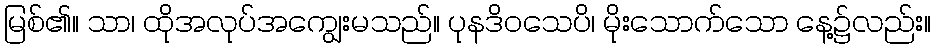
မြစ်၏။ သာ၊ ထိုအလုပ်အကျွေးမသည်။ ပုနဒိဝသေပိ၊ မိုးသောက်သော နေ့၌လည်း။